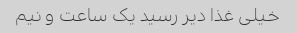
خیلی غذا دیر رسید یک ساعت و نیم